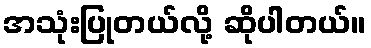
အသုံးပြုတယ်လို့ ဆိုပါတယ်။